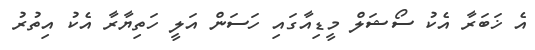
އެ ޚަބަރާ އެކު ސޯޝަލް މީޑިއާގައި ހަސަން އަލީ ހަތިޔާރާ އެކު އިތުރު